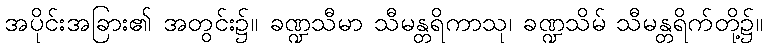
အပိုင်းအခြား၏ အတွင်း၌။ ခဏ္ဍသီမာ သီမန္တရိကာသု၊ ခဏ္ဍသိမ် သီမန္တရိက်တို့၌။